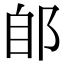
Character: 郋